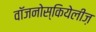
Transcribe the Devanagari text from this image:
वॉजनोस्कियेलीज़